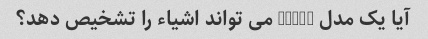
آیا یک مدل GPT-3 می تواند اشیاء را تشخیص دهد؟